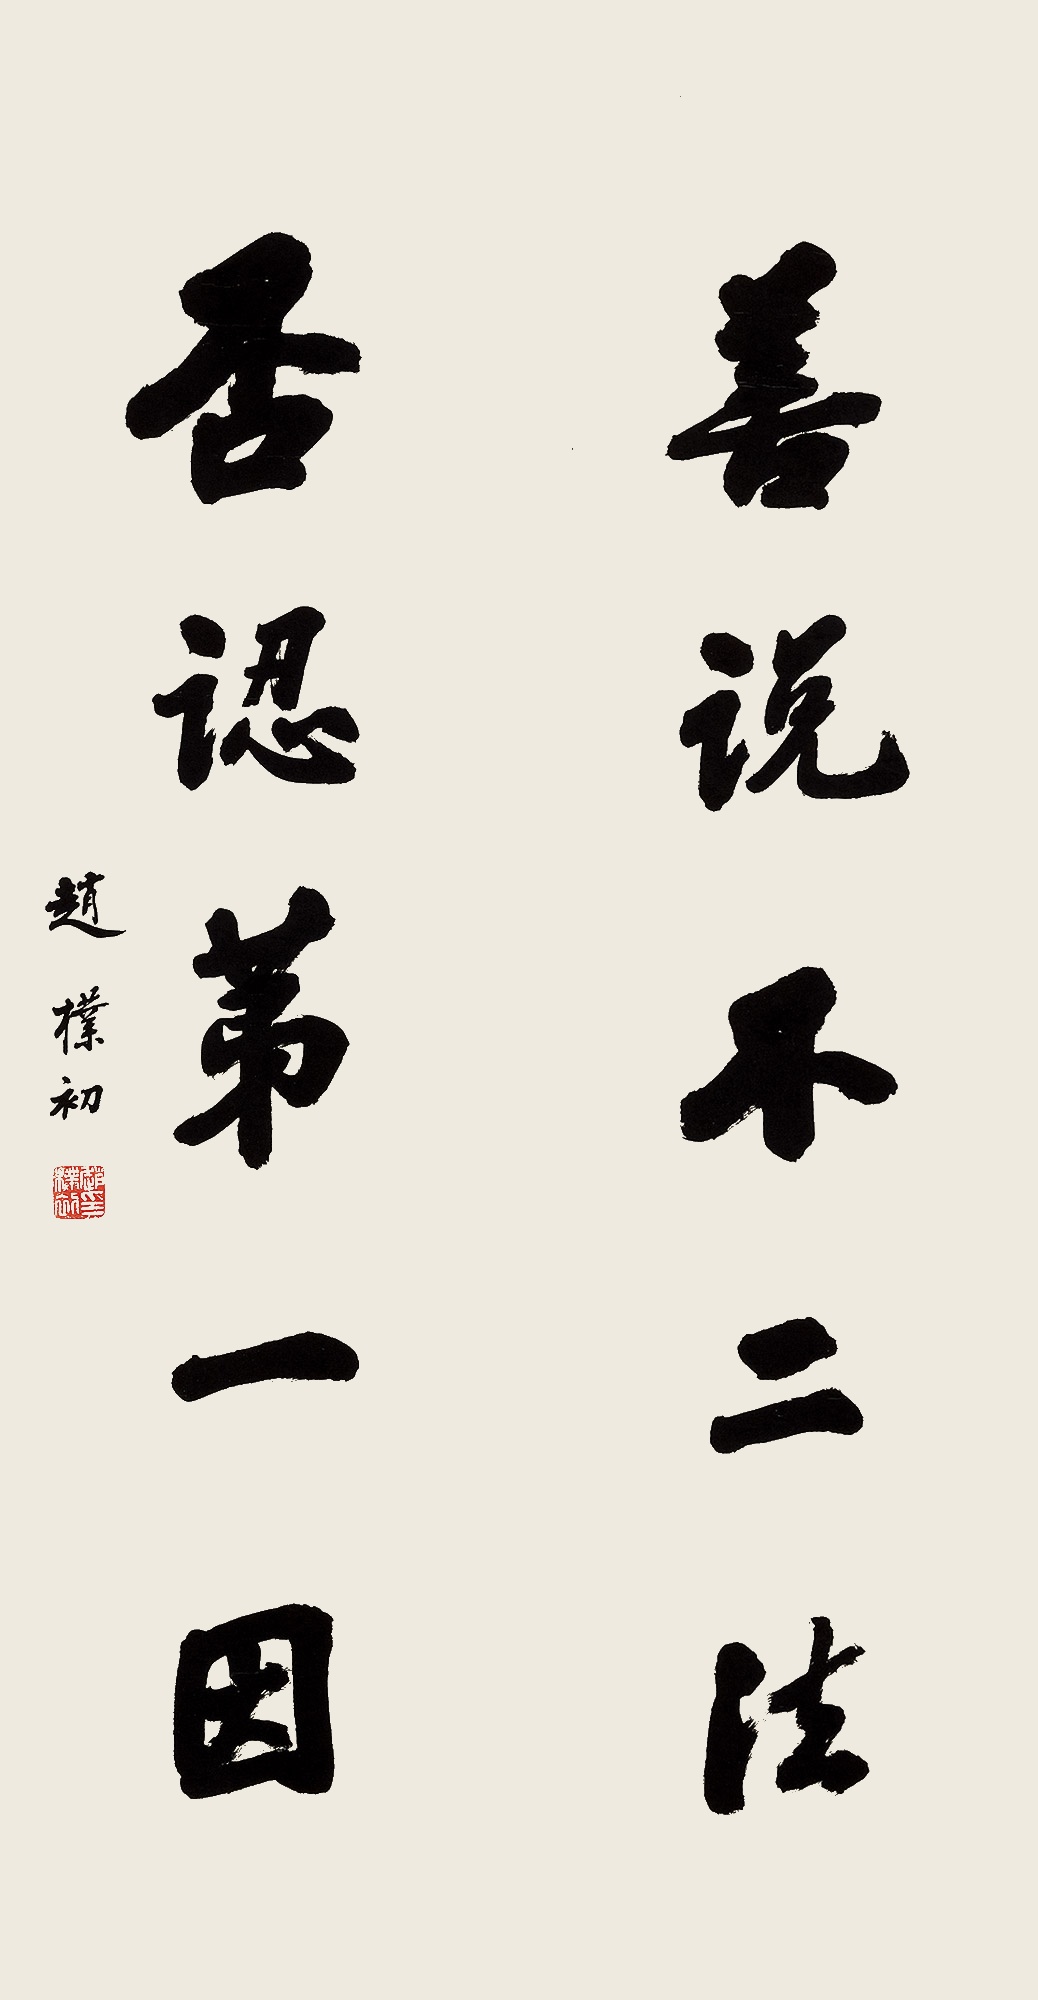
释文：善说不二法，否认第一因。赵朴初。